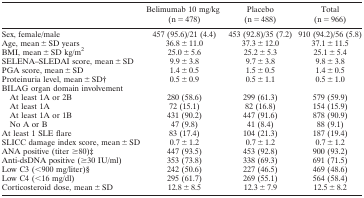
<table><thead><tr><td>[EMPTY_CELL]</td><td><b>Belimumab 10 mg/kg (n = 478)</b></td><td><b>Placebo (n = 488)</b></td><td><b>Total (n = 966)</b></td></tr></thead><tbody><tr><td>Sex, female/male</td><td>457 (95.6)/21 (4.4)</td><td>453 (92.8)/35 (7.2)</td><td>910 (94.2)/56 (5.8)</td></tr><tr><td>Age, mean ± SD years</td><td>36.8 ± 11.0</td><td>37.3 ± 12.0</td><td>37.1 ± 11.5</td></tr><tr><td>BMI, mean ± SD kg/m<sup>2</sup></td><td>25.0 ± 5.6</td><td>25.2 ± 5.3</td><td>25.1 ± 5.4</td></tr><tr><td>SELENA–SLEDAI score, mean ± SD</td><td>9.9 ± 3.8</td><td>9.7 ± 3.8</td><td>9.8 ± 3.8</td></tr><tr><td>PGA score, mean ± SD</td><td>1.4 ± 0.5</td><td>1.5 ± 0.5</td><td>1.4 ± 0.5</td></tr><tr><td>Proteinuria level, mean ± SDb</td><td>0.5 ± 0.9</td><td>0.5 ± 1.1</td><td>0.5 ± 1.0</td></tr><tr><td>BILAG organ domain involvement</td><td>[EMPTY_CELL]</td><td>[EMPTY_CELL]</td><td>[EMPTY_CELL]</td></tr><tr><td>At least 1A or 2B</td><td>280 (58.6)</td><td>299 (61.3)</td><td>579 (59.9)</td></tr><tr><td>At least 1A</td><td>72 (15.1)</td><td>82 (16.8)</td><td>154 (15.9)</td></tr><tr><td>At least 1A or 1B</td><td>431 (90.2)</td><td>447 (91.6)</td><td>878 (90.9)</td></tr><tr><td>No A or B</td><td>47 (9.8)</td><td>41 (8.4)</td><td>88 (9.1)</td></tr><tr><td>At least 1 SLE flare</td><td>83 (17.4)</td><td>104 (21.3)</td><td>187 (19.4)</td></tr><tr><td>SLICC damage index score, mean ± SD</td><td>0.7 ± 1.2</td><td>0.7 ± 1.2</td><td>0.7 ± 1.2</td></tr><tr><td>ANA positive (titer ≥80)c</td><td>447 (93.5)</td><td>453 (92.8)</td><td>900 (93.2)</td></tr><tr><td>Anti‐dsDNA positive (≥30 IU/ml)</td><td>353 (73.8)</td><td>338 (69.3)</td><td>691 (71.5)</td></tr><tr><td>Low C3 (&lt;900 mg/liter)d</td><td>242 (50.6)</td><td>227 (46.5)</td><td>469 (48.6)</td></tr><tr><td>Low C4 (&lt;16 mg/dl)</td><td>295 (61.7)</td><td>269 (55.1)</td><td>564 (58.4)</td></tr><tr><td>Corticosteroid dose, mean ± SD</td><td>12.8 ± 8.5</td><td>12.3 ± 7.9</td><td>12.5 ± 8.2</td></tr></tbody></table>